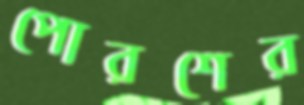
পোরশের